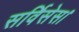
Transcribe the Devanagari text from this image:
सर्विसेस।